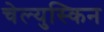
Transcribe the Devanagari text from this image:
चेल्युस्किन